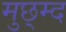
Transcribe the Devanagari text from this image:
मुछ्म्द